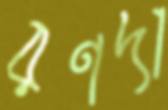
রণদা